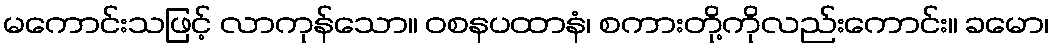
မကောင်းသဖြင့် လာကုန်သော။ ဝစနပထာနံ၊ စကားတို့ကိုလည်းကောင်း။ ခမော၊